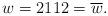
LaTeX: \begin{align*}w = 2112 = \overline{w}.\end{align*}